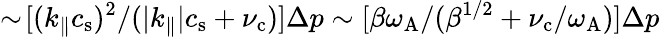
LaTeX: \sim\! [(k_{\| }c_{\mathrm{s}})^{2}/(|k_{\| }|c_{\mathrm{s}}+\nu_{\mathrm{c}})]\Delta p\sim[\beta\omega_{\mathrm{A}}/(\beta^{1/2}+\nu_{\mathrm{c}}/\omega_{\mathrm{A}})]\Delta p